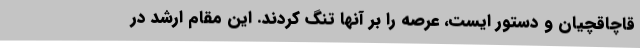
قاچاقچیان و دستور ایست، عرصه را بر آنها تنگ کردند. این مقام ارشد در